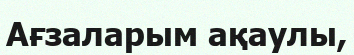
Ағзаларым ақаулы,